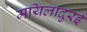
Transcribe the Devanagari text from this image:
मयिलादुरई